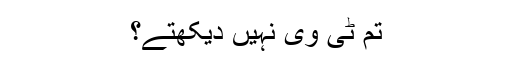
تم ٹی وی نہیں دیکھتے؟